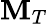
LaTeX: \mathbf{M}_{T}